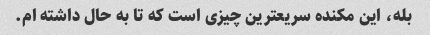
بله، این مکنده سریعترین چیزی است که تا به حال داشته ام.